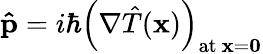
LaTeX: \mathbf{\hat{p}}=i\hbar\left(\nabla{\hat{T}}(\mathbf{x})\right)_{{\mathrm{at~}}\mathbf{x}=\mathbf{0}}